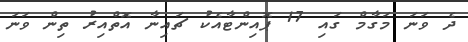
ދެ ވަނަ މަގާމް ގައި 17 ޕޮއިންޓާއެކު ޗައިނާ އޮތްއިރު ތިން ވަނަ